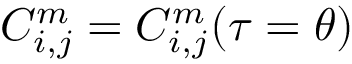
C _ { i , j } ^ { m } = C _ { i , j } ^ { m } ( \tau = \theta )